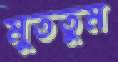
মুততুম